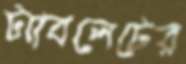
ট্যাবলেটের